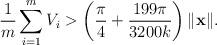
LaTeX: \begin{align*}\frac{1}{m}\sum_{i=1}^mV_i > \left(\frac{\pi}{4}+\frac{199\pi}{3200k}\right)\|\mathbf{x}\|.\end{align*}